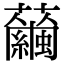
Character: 𧅇